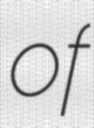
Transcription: of